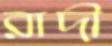
রাদী